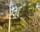
ફાઁસીની